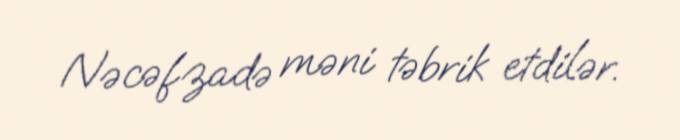
Nəcəfzadə məni təbrik etdilər.